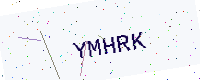
Text: YMHRK